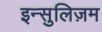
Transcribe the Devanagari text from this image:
इन्सुलिज़म